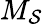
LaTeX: M_{\mathcal{S}}